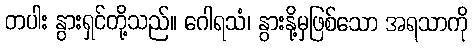
တပါး နွားရှင်တို့သည်။ ဂေါရသံ၊ နွားနို့မှဖြစ်သော အရသာကို